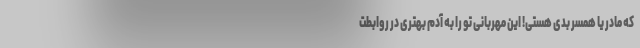
که مادر یا همسر بدی هستی! این مهربانی تو را به آدم بهتری در روابطت